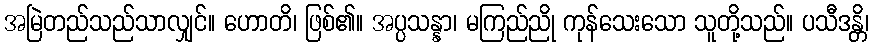
အမြဲတည်သည်သာလျှင်။ ဟောတိ၊ ဖြစ်၏။ အပ္ပသန္နာ၊ မကြည်ညို ကုန်သေးသော သူတို့သည်။ ပသီဒန္တိ၊